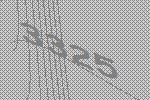
3325